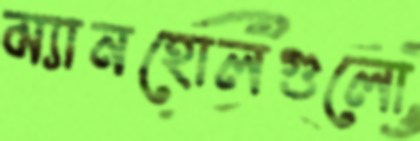
ম্যানহোলগুলো